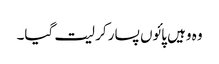
وہ وہیں پائوں پسار کر لیت گیا۔